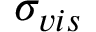
\sigma _ { v i s }